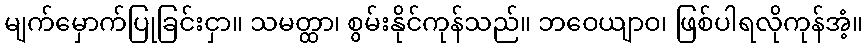
မျက်မှောက်ပြုခြင်းငှာ။ သမတ္ထာ၊ စွမ်းနိုင်ကုန်သည်။ ဘဝေယျာဝ၊ ဖြစ်ပါရလိုကုန်အံ့။